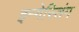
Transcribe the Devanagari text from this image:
इन्गेस्तिंग